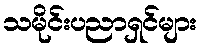
သမိုင်းပညာရှင်များ